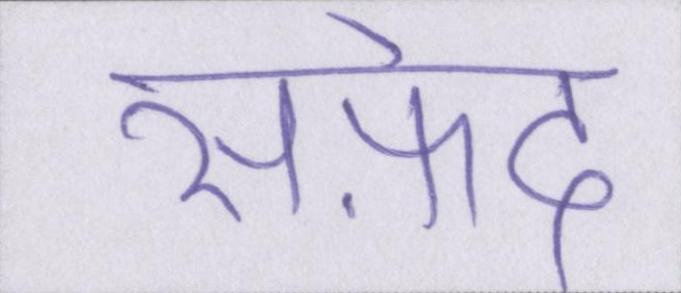
सफ़ेद